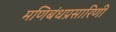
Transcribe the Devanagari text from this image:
मणिबंधप्रसारिणी